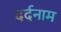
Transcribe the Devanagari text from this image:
दर्दनाम